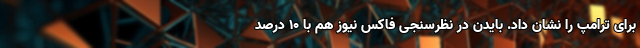
برای ترامپ را نشان داد. بایدن در نظرسنجی فاکس نیوز هم با 10 درصد